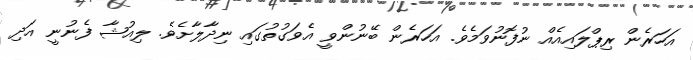
އަހަރެން ރިޕްލައިއެއް ނުފޮނުވަމެވެ. އަހަރެން ބޭނުންވީ އެވަގުތުގައި ނިދާލާށެވެ. ލިއުޝާ ފެނުނީ އަދި